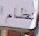
نظام